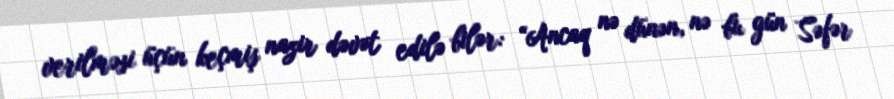
verilməsi üçün keçmiş nazir dəvət edilə bilər: “Ancaq nə dünən, nə bu gün Səfər